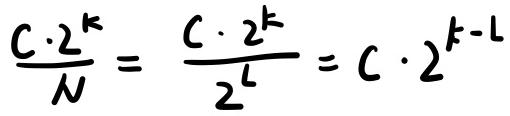
$\frac{C\cdot 2^{k}}{N}=\frac{C\cdot 2^{k}}{2^{L}}=C\cdot 2^{k - L}$